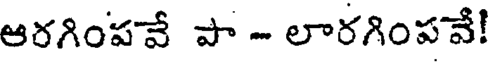
ఆరగింపవే పా - లారగింపవే!